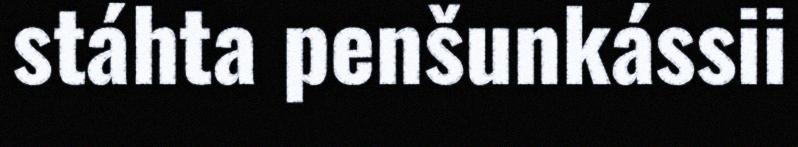
stáhta penšunkássii